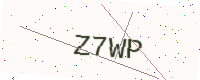
Text: Z7WP